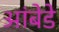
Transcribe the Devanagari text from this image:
आंबेडे